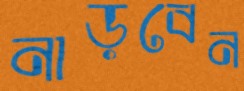
নাড়বেন